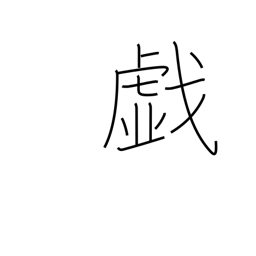
Meaning: frolic